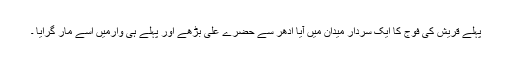
پہلے قریش کی فوج کا ایک سردار میدان میں آیا ادھر سے حضرے علیؓ بڑھے اور پہلے ہی وارمیں اسے مار گرایا ۔